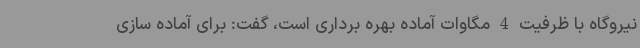
نیروگاه با ظرفیت 4 مگاوات آماده بهره برداری است، گفت: برای آماده سازی